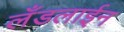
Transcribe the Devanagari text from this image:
लँडलाईन